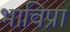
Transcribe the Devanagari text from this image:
भाविप्रा